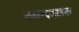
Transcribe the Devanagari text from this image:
व्यवसात